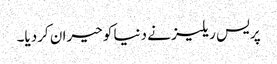
پریس ریلیز نے دنیا کو حیران کردیا۔